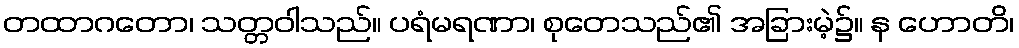
တထာဂတော၊ သတ္တဝါသည်။ ပရံမရဏာ၊ စုတေသည်၏ အခြားမဲ့၌။ န ဟောတိ၊